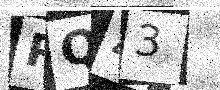
Text: PQ43